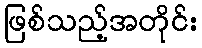
ဖြစ်သည့်အတိုင်း